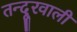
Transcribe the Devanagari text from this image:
तन्दूरवाली